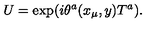
U = \exp ( i \theta ^ { a } ( x _ { \mu } , y ) T ^ { a } ) .